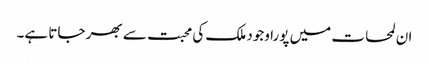
ان لمحات میں پورا وجود ملک کی محبت سے بھر جاتا ہے۔